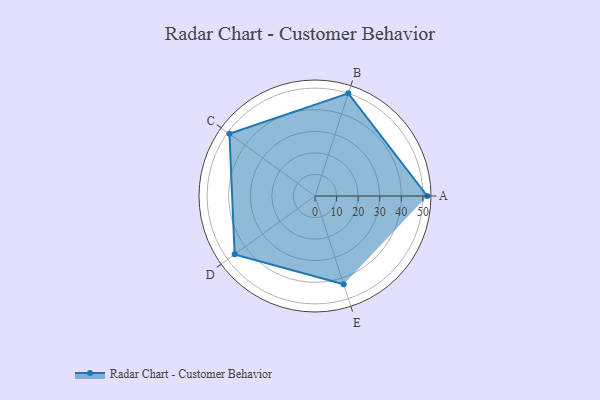
{"axis": {"x": "Skill", "y": "Score"}, "legend": ["Profile"], "data": [{"x": "A", "y": 52.0, "type": "Profile"}, {"x": "B", "y": 50.0, "type": "Profile"}, {"x": "C", "y": 49.0, "type": "Profile"}, {"x": "D", "y": 46.0, "type": "Profile"}, {"x": "E", "y": 43.0, "type": "Profile"}]}